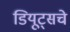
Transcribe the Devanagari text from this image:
डियूट्सचे